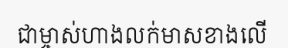
ជាម្ចាស់ហាងលក់មាសខាងលើ